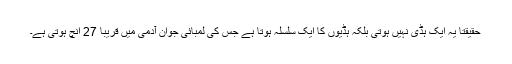
حقیقتاً یہ ایک ہڈی نہیں ہوتی بلکہ ہڈیوں کا ایک سلسلہ ہوتا ہے جس کی لمبائی جوان آدمی میں قریباً 27 انچ ہوتی ہے۔